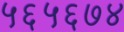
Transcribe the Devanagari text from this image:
५६५६७४